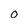
Character: 0